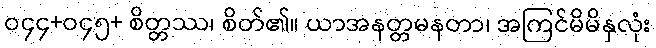
ဝ၄၄+ဝ၄၅+ စိတ္တဿ၊ စိတ်၏။ ယာအနတ္တမနတာ၊ အကြင်မိမိနှလုံး